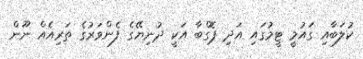
ކުލަބާއި ގައުމީ ޓީމުގައި އަދި ޕޮގްބާ އަކީ ދުނިޔޭގެ ފެންވަރުގެ ތަރިއެއް ނޫން